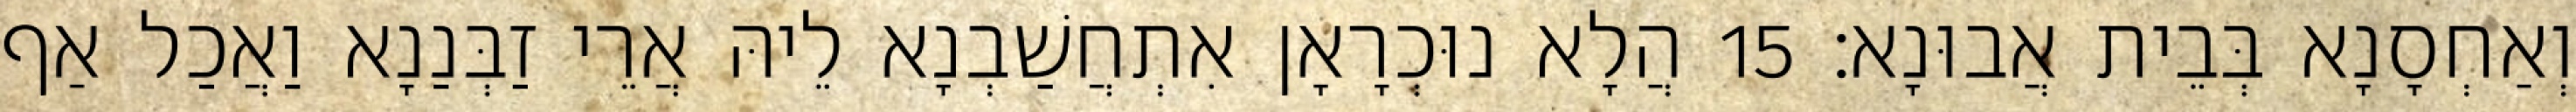
וְאַחְסָנָא בְּבֵית אֲבוּנָא׃ 15 הֲלָא נוּכְרָאָן אִתְחֲשַׁבְנָא לֵיהּ אֲרֵי זַבְּנַנָא וַאֲכַל אַף